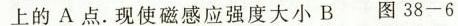
上的A点。现使磁感应强度大小B 图38-6